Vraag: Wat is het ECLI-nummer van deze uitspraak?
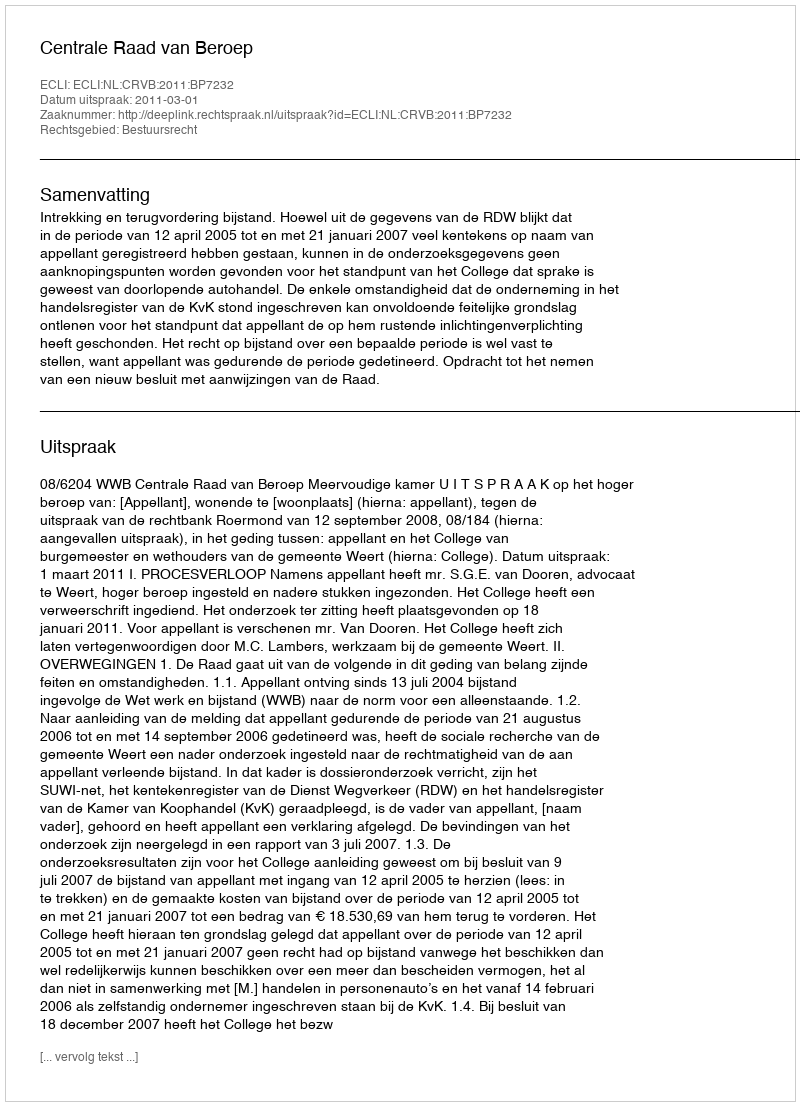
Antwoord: ECLI:NL:CRVB:2011:BP7232